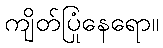
ကျိတ်ပြုံနေရော။